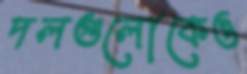
দলগুলোকেও